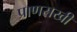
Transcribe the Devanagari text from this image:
प्राणसखी